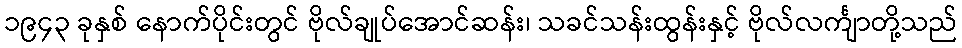
၁၉၄၃ ခုနှစ် နောက်ပိုင်းတွင် ဗိုလ်ချုပ်အောင်ဆန်း၊ သခင်သန်းထွန်းနှင့် ဗိုလ်လင်္ကျာတို့သည်